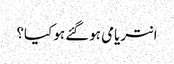
انتریامی ہوگئے ہو کیا؟